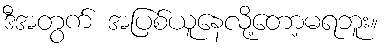
ဒီအတွက် အပြစ်ယူနေလို့တော့မရဘူး။